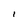
Character: 1